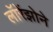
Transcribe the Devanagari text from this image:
लॉरेंझोने